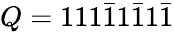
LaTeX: Q=111{\bar{1}}1{\bar{1}}1{\bar{1}}